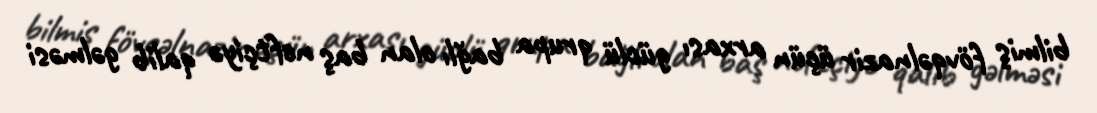
bilmiş fövqəlnazir üçün arxası güclü qrupa bağlı olan baş neftçiyə qalib gəlməsi